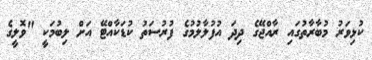
ކުޅިވަރު މުބާރާތުގައި ރާއްޖޭގެ ދިދަ އުފުލާލުމުގެ ފުރުސަތު ކުޑަކާއްޓޭ އަށް ލިބުމަކީ "ވޮލީގެ